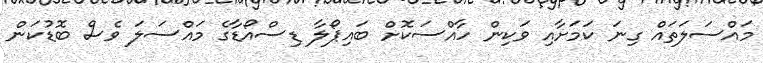
މައްސަލަތައް ގިނަ ކަމަށާއި ވަކިން ހާއްސަކޮށް ބައިޕޯލާ ޑިސްއޯޑާގެ މައްސަލަ ވެސް ބޮޑުކަން